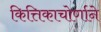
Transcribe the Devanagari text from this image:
कित्तिकाचोर्णाने